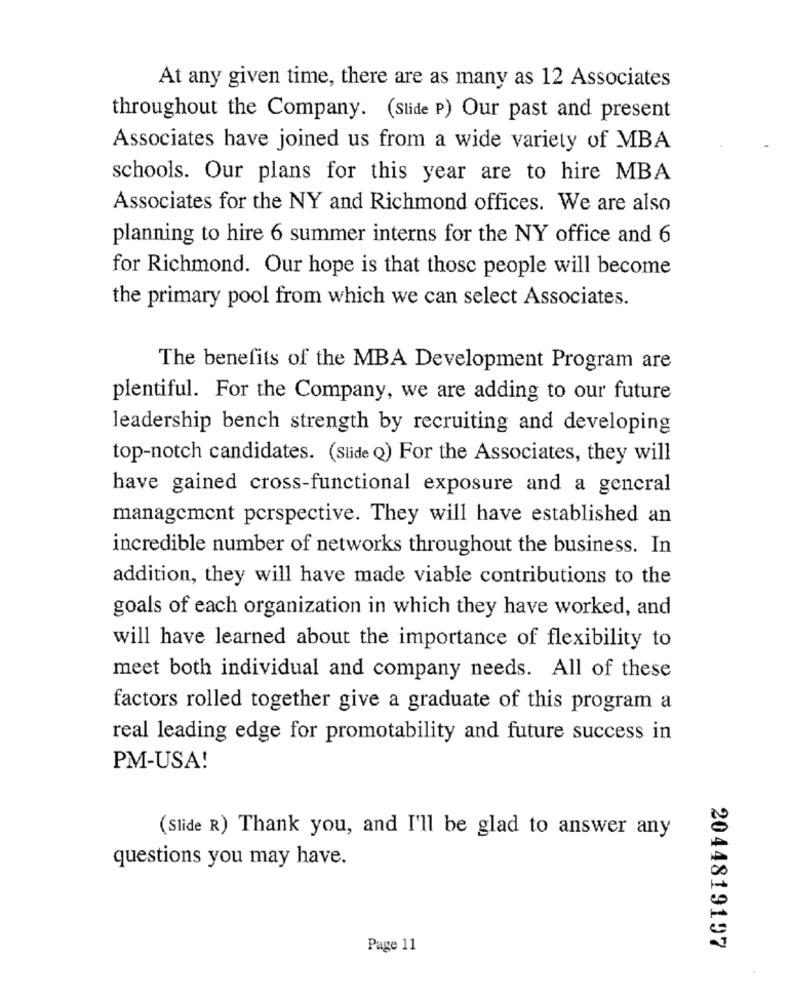
At any given time, there are as many as 12 Associates
throughout the Company. (Slide P) Our past and present
Associates have joined us from a wide variety of MBA
schools. Our plans for this year are to hire MBA
Associates for the NY and Richmond offices. We are also
planning to hire 6 summer interns for the NY office and 6
for Richmond. Our hope is that those people will become
the primary pool from which we can select Associates.
The benefits of the MBA Development Program are
plentiful. For the Company, we are adding to our future
leadership bench strength by recruiting and developing
top-notch candidates. (Slide Q) For the Associates, they will
have gained cross-functional exposure and a general
management perspective. They will have established an
incredible number of networks throughout the business. In
addition, they will have made viable contributions to the
goals of each organization in which they have worked, and
will have learned about the importance of flexibility to
meet both individual and company needs. All of these
factors rolled together give a graduate of this program a
real leading edge for promotability and future success in
PM-USA!
(Slide R) Thank you, and I'll be glad to answer any
questions you may have.
Page 11
2044819197